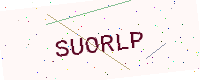
Text: SUORLP